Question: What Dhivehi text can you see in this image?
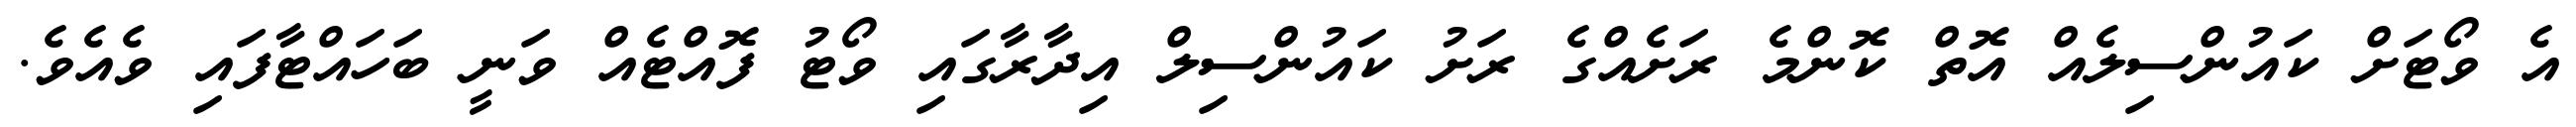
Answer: އެ ވޯޓަށް ކައުންސިލެއް އޮތް ކޮންމެ ރަށެއްގެ ރަށު ކައުންސިލް އިދާރާގައި ވޯޓު ފޮއްޓެއް ވަނީ ބަހައްޓާފައި ވެއެވެ.